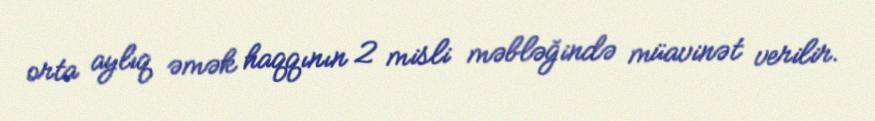
orta aylıq əmək haqqının 2 misli məbləğində müavinət verilir.